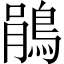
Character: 鵑